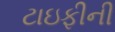
ટાઇફીની